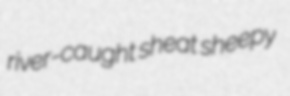
river-caught sheat sheepy